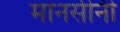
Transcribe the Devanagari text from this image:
मानसीनी